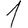
Digit: 1